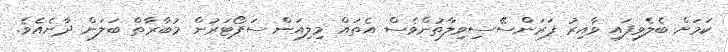
ކަމަށް ބެލެވިފައި ވާއިރު ފަރަންސޭސިވިލާތުންވެސް އެތައް މިލިއަން ސަޕޯޓަރުން މުބާރާތް ބަލަން ދާނެއެވެ.